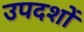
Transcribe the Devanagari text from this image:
उपदशों